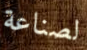
لصناعة